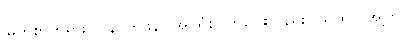
မြတ်စွာဘုရား။ ပုန၊ တဖန်။ အပရံစ၊ တစ်ပါးလည်း။ ယထာ၊ အကြင်